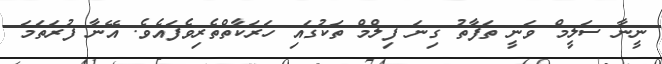
ނީނާ ސަލީމް ވަނީ ތަފާތު ގިނަ ފިލްމް ތަކުގައި ހަރަކާތްތެރިވެފައެވެ. އޭނާ ފުރަތަމަ